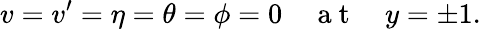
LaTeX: v=v^{\prime}=\eta=\theta=\phi=0\quad\mathrm{~a~t~}\quad y=\pm 1.